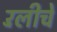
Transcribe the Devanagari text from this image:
रॅलीचे